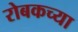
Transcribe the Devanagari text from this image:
रोबकच्या